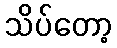
သိပ်တော့